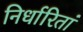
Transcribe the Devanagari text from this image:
निर्धारितां